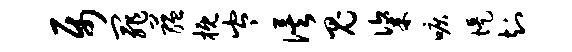
属罪蕴概岑俟鬼粢唳堤知